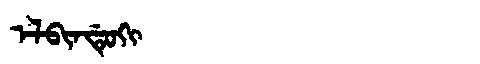
Manchu: ᡝᠯᠪᡳᠨᡩᡠᡴᡳ
Romanization: ELBINDUKI